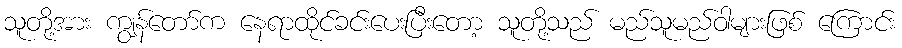
သူတို့အား ကျွန်တော်က နေရာထိုင်ခင်းပေးပြီးတော့ သူတို့သည် မည်သူမည်ဝါများဖြစ် ကြောင်း